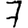
Digit: 7